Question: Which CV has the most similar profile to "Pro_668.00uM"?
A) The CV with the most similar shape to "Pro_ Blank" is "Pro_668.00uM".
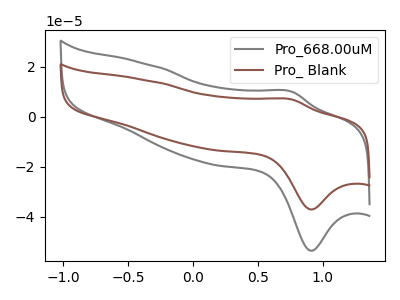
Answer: <think>The gray curve "Pro_668.00uM" has an anodic peak at (0.75V, 10.10uA) and a cathodic peak at (0.90V, -53.60uA). The brown curve "Pro_ Blank" has an anodic peak at (0.75V, 6.95uA) and a cathodic peak at (0.90V, -37.10uA).
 All the peaks in "Pro_668.00uM" have a peak in "Pro_ Blank" at the same potential. Every peak in "Pro_668.00uM" is higher than every peak in "Pro_ Blank".</think>
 <answer>A) The CV with the most similar shape to "Pro_ Blank" is "Pro_668.00uM".</answer>
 <eval>A</eval>